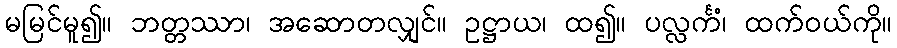
မမြင်မူ၍။ ဘတ္တဿာ၊ အဆောတလျှင်။ ဥဋ္ဌာယ၊ ထ၍။ ပလ္လင်္ကံ၊ ထက်ဝယ်ကို။